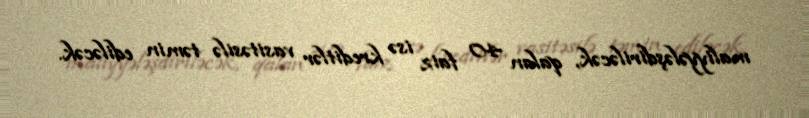
maliyyələşdiriləcək, qalan 40 faiz isə kreditlər vasitəsilə təmin ediləcək.